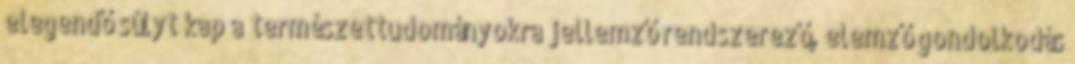
elegendő súlyt kap a természettudományokra jellemző rendszerező, elemző gondolkodás